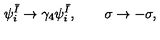
\psi _ { i } ^ { \bar { I } } \rightarrow \gamma _ { 4 } \psi _ { i } ^ { \bar { I } } , \qquad \sigma \rightarrow - \sigma ,